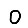
Digit: 0